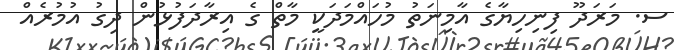
ސ. މަރަދޫ ފިނިހިޔާގެ އާމިނަތު މުހައްމަދަކީ މާތް ގެ އިރާދަފުޅުން ދިގު އުމުރެއް